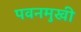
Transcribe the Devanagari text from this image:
पवनमुखी